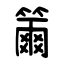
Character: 籋